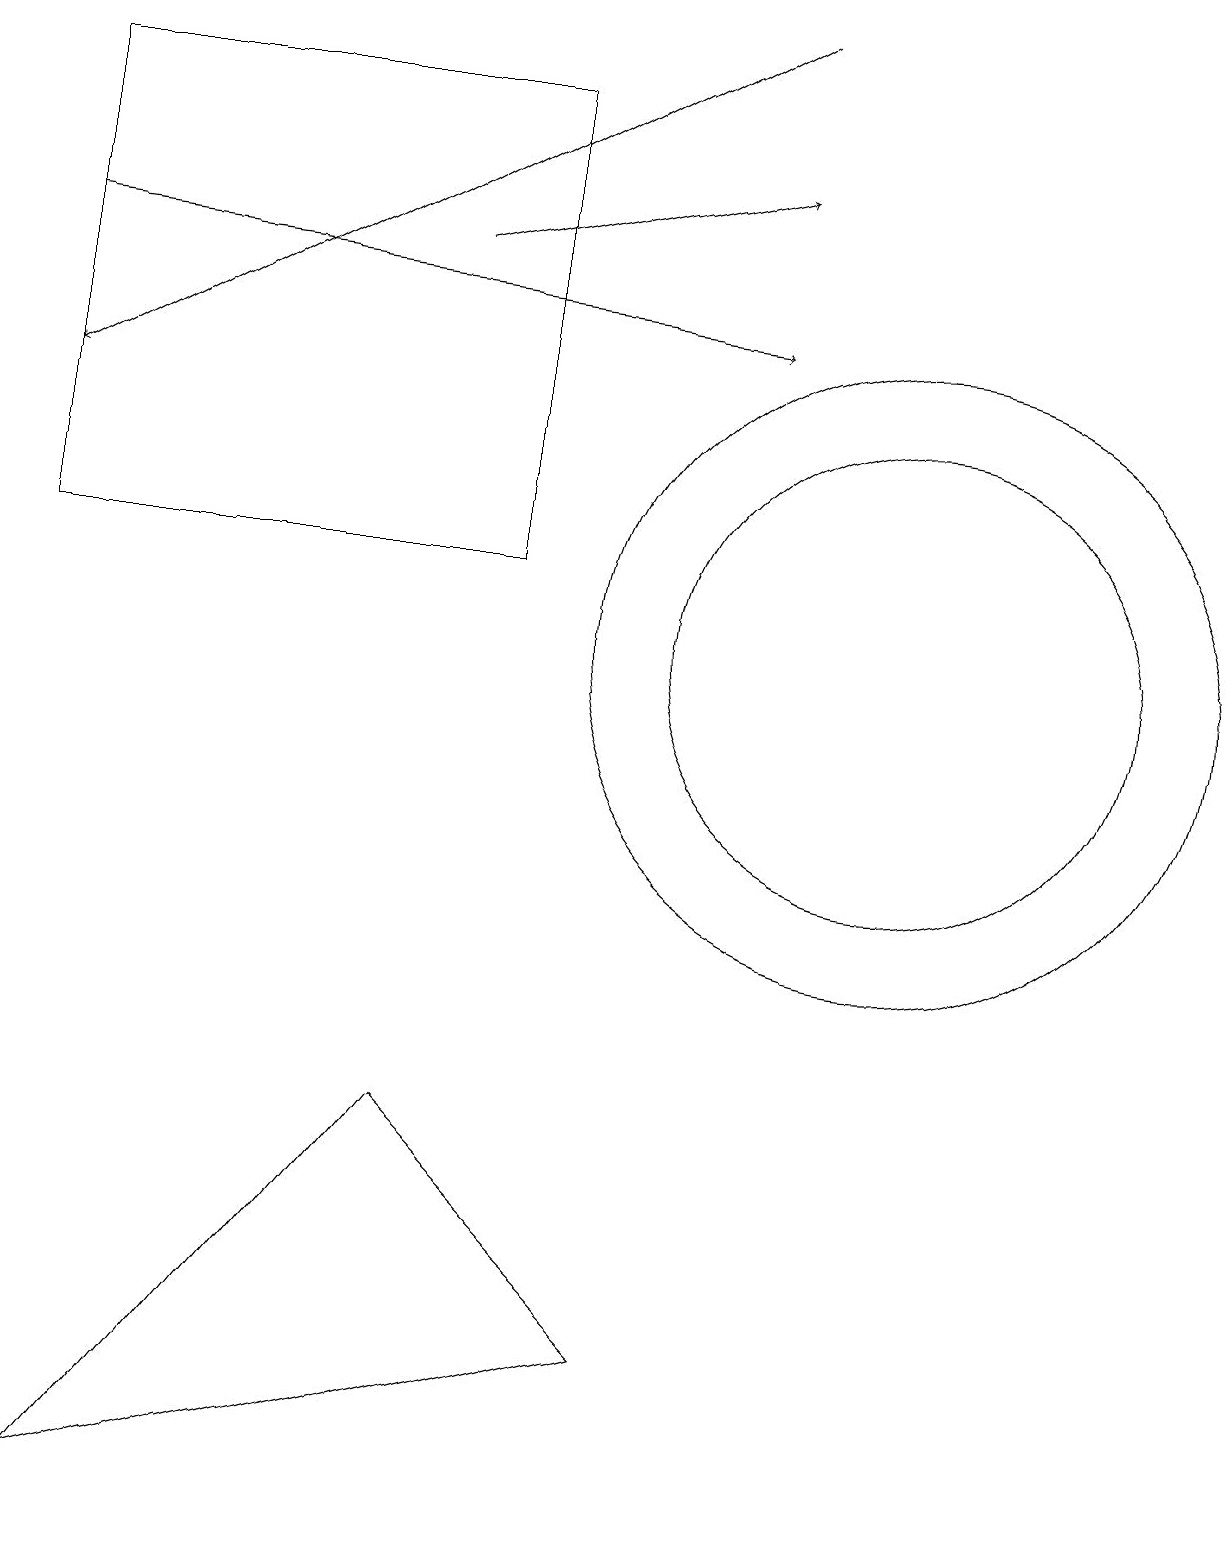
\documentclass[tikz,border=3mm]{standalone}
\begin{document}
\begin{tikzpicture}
\draw (11,11) circle (4);
\draw (5,5) -- (8,2) -- (1,0) -- cycle;
\draw[->] (9,19) -- (0,14);
\draw[->] (0,16) -- (9,15);
\draw (6,18) rectangle (0,12);
\draw[->] (5,16) -- (9,17);
\draw (11,11) circle (3);
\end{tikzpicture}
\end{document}